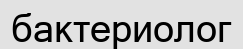
бактериолог